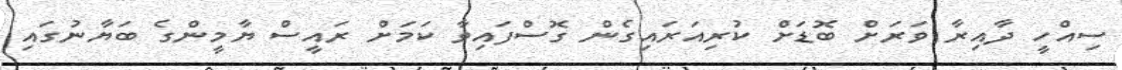
ސިއްހީ ދާއިރާ ވަރަށް ބޮޑަށް ކުރިއަރައިގެން ގޮސްފައިވާ ކަމަށް ރައީސް ޔާމީންގެ ބަޔާނުގައި